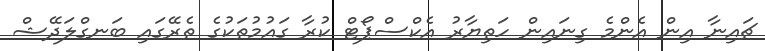
ޗައިނާ އިން އެންމެ ގިނައިން ހަތިޔާރު އެކްސްޕޯޓް ކުރާ ގައުމުތަކުގެ ތެރޭގައި ބަނގްލަދޭޝް